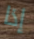
إذا